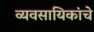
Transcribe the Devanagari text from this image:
व्यवसायिकांचे